Report on vaccination in Madras 1904-1921 - 1904-1921
Year: 1904
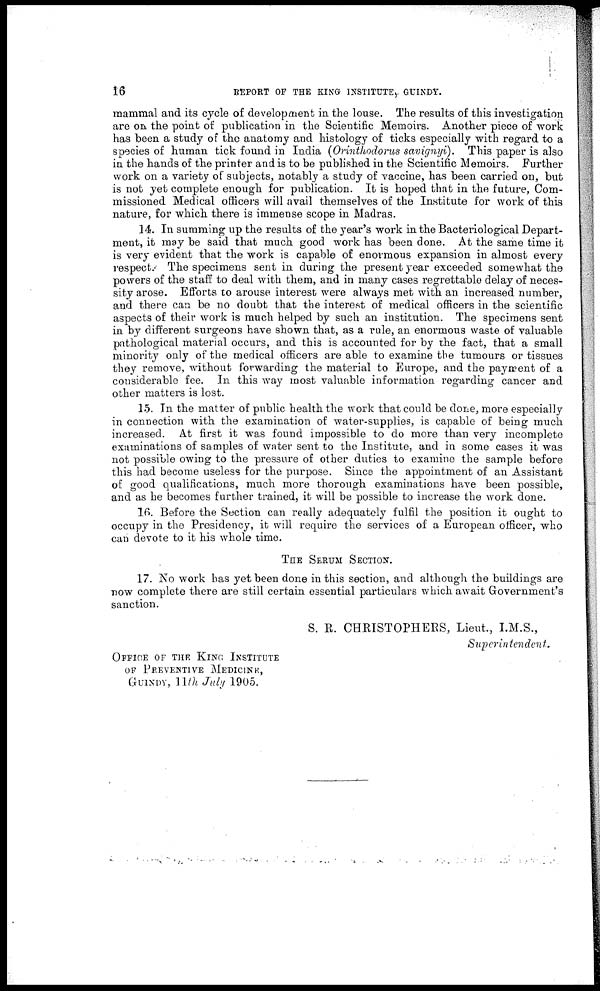
16
REPORT OF THE KING INSTITUTE, GUINDY.
mammal and its cycle of development in the louse. The results of this investigation
are on the point of publication in the Scientific Memoirs. Another piece of work
has been a study of the anatomy and histology of ticks especially with regard to a
species of human tick found in India (Orinthodorus savignyi).
This paper is also
in the hands of the printer and is to be published in the Scientific Memoirs. Further
work on a variety of subjects, notably a study of vaccine, has been carried on, but
is not yet complete enough for publication. It is hoped that in the future, Com-
missioned Medical officers will avail themselves of the Institute for work of this
nature, for which there is immense scope in Madras.
14. In summing up the results of the year's work in the Bacteriological Depart-
ment, it may be said that much good work has been done. At the same time it
is very evident that the work is capable of enormous expansion in almost every
respect..-' The specimens sent in during the present year exceeded somewhat the
powers of the staff to deal with them, and in many cases regrettable delay of neces-
sity arose. Efforts to arouse interest were always met with an increased number,
and there can be no doubt that the interest of medical officers in the scientific
aspects of their work is much helped by such an institution. The specimens sent
in by different surgeons have shown that, as a rule, an enormous waste of valuable
pathological material occurs, and this is accounted for by the fact, that a small
minority only of the medical officers are able to examine the tumours or tissues
they remove, without forwarding the material to Europe, and the payment of a
considerable fee. In this way most valuable information regarding cancer and
other matters is lost.
15. In the matter of public health the work that could be done, more especially
in connection with the examination of water-supplies, is capable of being much
increased. At first it was found impossible to do more than very incomplete
examinations of samples of water sent to the Institute, and in some cases it was
not possible owing to the pressure of other duties to examine the sample before
this had become useless for the purpose. Since the appointment of an Assistant
of good qualifications, much more thorough examinations have been possible,
and as he becomes further trained, it will be possible to increase the work done.
16. Before the Section can really adequately fulfil the position it ought to
occupy in the Presidency, it will require the services of a European officer, who
can devote to it his whole time.
THE SERUM SECTION.
17. No work has yet been done in this section, and although the buildings are
now complete there are still certain essential particulars which await Government's
sanction.
S. R. CHRISTOPHERS, Lieut., I.M.S.,
Superintendent.
OFFICE OF THE KING INSTITUTE
OF PREVENTIVE MEDICINE,
GUINDY, 11th July 1905.